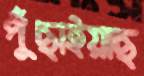
পুঁছাইয়াছ